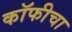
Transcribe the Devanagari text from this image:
कॉफीचा